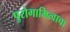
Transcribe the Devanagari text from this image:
पुरोगामित्वाचा